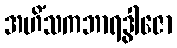
အဟိံသကဘာရဒွါဇော